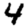
Digit: 4